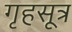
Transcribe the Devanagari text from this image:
गृहसूत्र